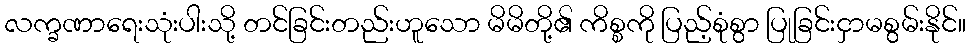
လက္ခဏာရေးသုံးပါးသို့ တင်ခြင်းတည်းဟူသော မိမိတို့၏ ကိစ္စကို ပြည့်စုံစွာ ပြုခြင်းငှာမစွမ်းနိုင်။